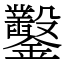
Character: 鑿